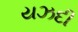
યઝદી